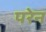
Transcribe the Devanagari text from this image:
परेन